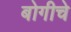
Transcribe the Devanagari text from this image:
बोगीचे